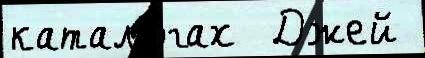
катало́гах  Джей